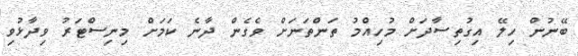
ބޭނުން ހިލޭ އިގުތިސާދަށް މުހިއްމު ތަންތަނަށް ވެގެން ދާނެ ކަމަށް މިނިސްޓަރު ވިދާޅުވި